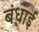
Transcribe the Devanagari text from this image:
बंधाई